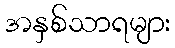
အနှစ်သာရများ